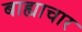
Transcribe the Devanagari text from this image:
बाह्याचार